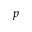
_ { p }